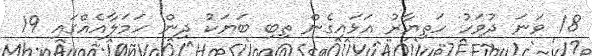
18 ވަނަ ދުވަހު ހަތިޔާރު އަޅައިގެން ތިބި ބަޔަކު ދިން ހަމަލާއެއްގައި 19